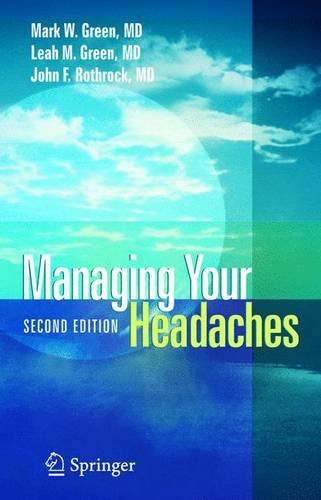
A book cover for Managing Your Headaches; Mark W. Green; Health, Fitness & Dieting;